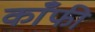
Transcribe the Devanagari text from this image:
काँफी